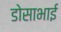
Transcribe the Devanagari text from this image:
डोसाभाई